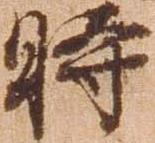
時